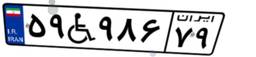
۵۹W۹۸۶۷۹